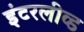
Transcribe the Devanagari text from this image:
इंटरलीव्ड